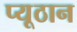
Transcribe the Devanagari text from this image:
प्यूठान